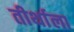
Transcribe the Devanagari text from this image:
तीर्थाला